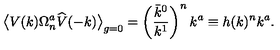
\big \langle V ( k ) \Omega _ { n } ^ { a } \widehat { V } ( - k ) \big \rangle _ { g = 0 } = \left( \frac { \bar { k } ^ { 0 } } { k ^ { 1 } } \right) ^ { n } k ^ { a } \equiv h ( k ) ^ { n } k ^ { a } .